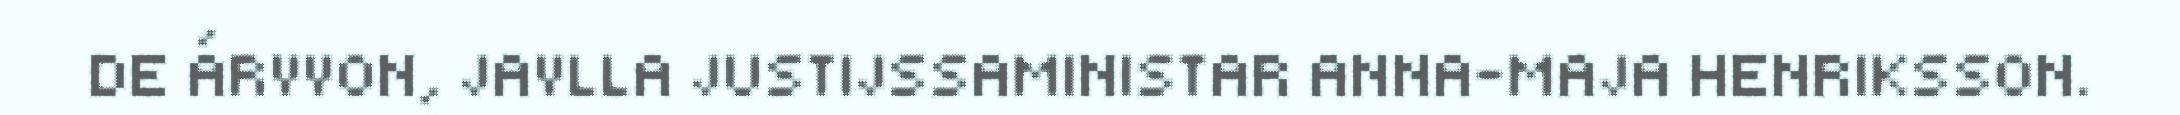
DE ÁRVVON, JAVLLA JUSTIJSSAMINISTAR ANNA-MAJA HENRIKSSON.